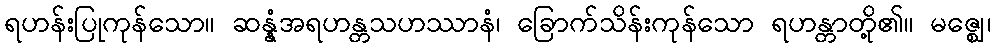
ရဟန်းပြုကုန်သော။ ဆန္နံအရဟန္တသဟဿာနံ၊ ခြောက်သိန်းကုန်သော ရဟန္တာတို့၏။ မဇ္ဈေ၊